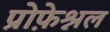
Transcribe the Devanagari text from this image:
प्रोफ़ेश्नल